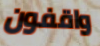
واقفون